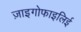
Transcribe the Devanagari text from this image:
ज़ाइगोफाइलिई